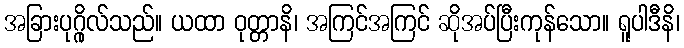
အခြားပုဂ္ဂိုလ်သည်။ ယထာ ဝုတ္တာနိ၊ အကြင်အကြင် ဆိုအပ်ပြီးကုန်သော။ ရူပါဒီနိ၊